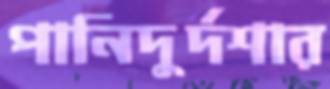
পানিদুর্দশার